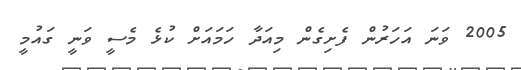
2005 ވަނަ އަހަރުން ފެށިގެން މިއަދާ ހަމައަށް ކުޅެ މެސީ ވަނީ ގައުމީ